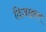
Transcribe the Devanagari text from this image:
दिज़ाइनर